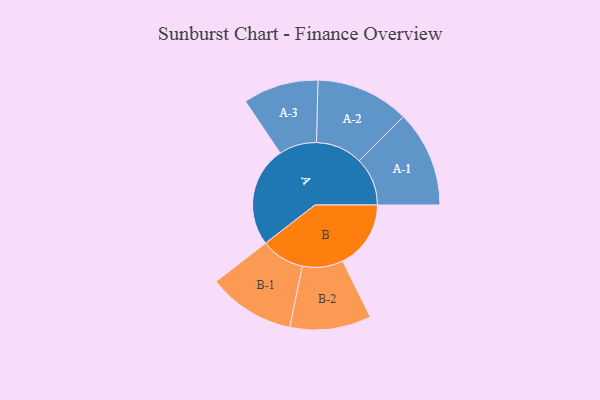
{"axis": {"x": "Segment", "y": "Value"}, "legend": ["", "A", "B"], "data": [{"x": "A", "y": 346, "type": ""}, {"x": "B", "y": 235, "type": ""}, {"x": "A-1", "y": 166, "type": "A"}, {"x": "A-2", "y": 161, "type": "A"}, {"x": "A-3", "y": 130, "type": "A"}, {"x": "B-1", "y": 150, "type": "B"}, {"x": "B-2", "y": 140, "type": "B"}]}